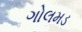
ગોલમડ